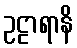
ဥဠာရာနိ